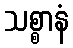
သစ္စာနံ